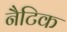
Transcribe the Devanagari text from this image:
नैटिक